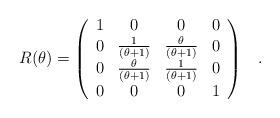
LaTeX: \begin{align*}R(\theta)=\left(\begin{array}{cccc}1 & 0 & 0 & 0\\0 & \frac{1}{(\theta+1)} &\frac{\theta}{(\theta+1)} & 0\\ 0 & \frac{\theta}{(\theta+1)} &\frac{1}{(\theta+1)} & 0\\0 & 0 & 0 & 1\end{array}\right)\;\;\;.\end{align*}